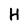
Character: H